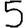
Digit: 5